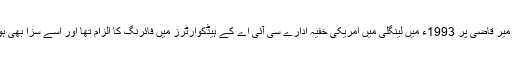
ان میں سے میر قاضی پر 1993ء میں لینگلی میں امریکی خفیہ ادارے سی آئی اے کے ہیڈکوارٹرز میں فائرنگ کا الزام تھا اور اسے سزا بھی ہو چکی تھی۔